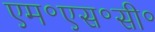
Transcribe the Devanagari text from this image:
एम॰एस॰सी॰